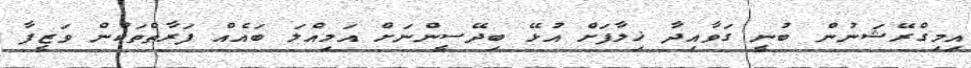
އިމިގްރޭޝަނުން ބުނީ ގަވާއިދާ ޚިލާފަށް އުޅޭ ބިދޭސީންނަށް އަމިއްލަ ބައެއް ފަރާތްތަކުން ވަޒީފާ